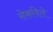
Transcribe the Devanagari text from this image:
सेकविले